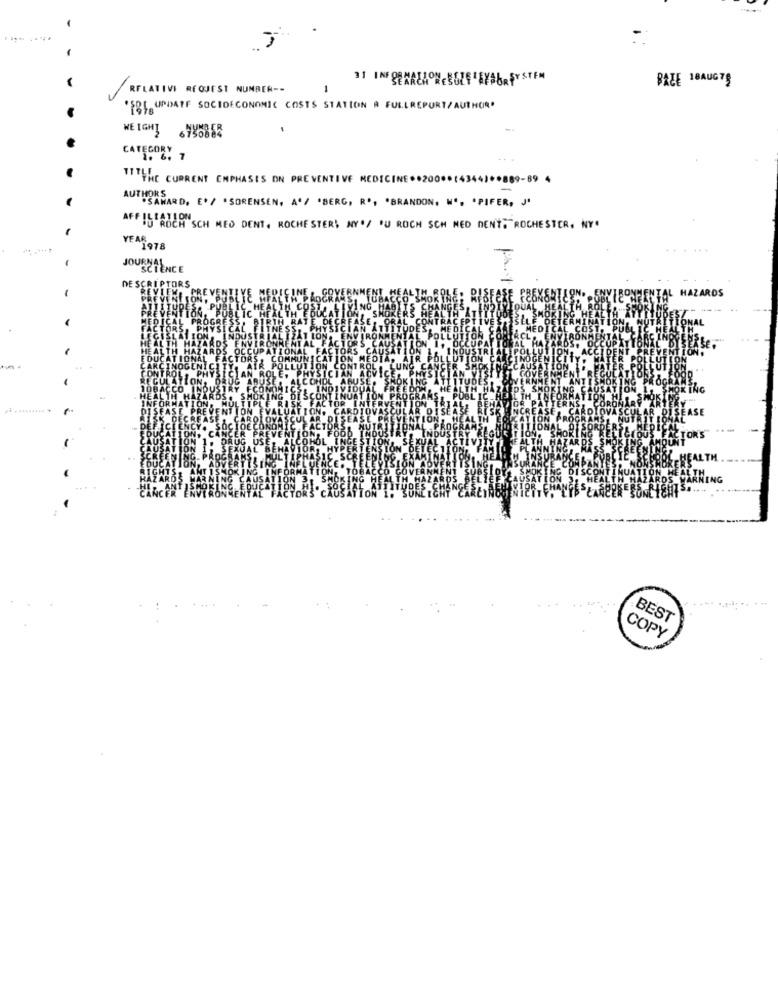
-
31 INF DENALIONESELF BYFOR SYSTEM
BRZE 18AUG79
RELATIVI REQUEST NUMBER --
FRISUPDATE SOCIOECONOMIC COSTS STATION A FULLREPORT/ AUTHOR"
-
WEIGHT 6198858
CATEGORY
1. 6, 7
TITTHE CURRENT EMPHASIS ON PREVENTIVE MEDICINE.+200*
-89
SAMARD. E' / ' SORENSEN, A'/ 'BERG, R', 'BRANDON, ', 'PIFER, J'
AFFIS'ROCH"SCH MED DENT, ROCHESTER, NY./ 'U ROCH SCH MED DENT; ROCHESTER, NY.
YEA 1978
JOUSCIENCE
IPTORS
DESCR
HAZARDS
ING
BEST
COPY